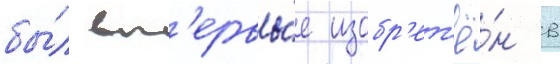
бы́л вп'ервы́е изобр'ет'ё́н в